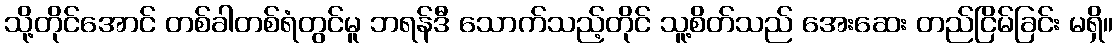
သို့တိုင်အောင် တစ်ခါတစ်ရံတွင်မူ ဘရန်ဒီ သောက်သည့်တိုင် သူ့စိတ်သည် အေးဆေး တည်ငြိမ်ခြင်း မရှိ။